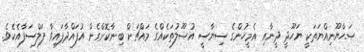
ޞަޙްޔޫނިއްޔަތަކީ ޔަހޫދީ ދީނާއި އެމީހުންގެ ސިޔާސީ އުޞޫލުތަކެއްގެ މައްޗަށް ބިނާކޮށްގެން އުފައްދާފައިވާ ފަލްސަފާއެކެވެ.